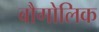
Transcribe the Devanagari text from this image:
बौगोलिक